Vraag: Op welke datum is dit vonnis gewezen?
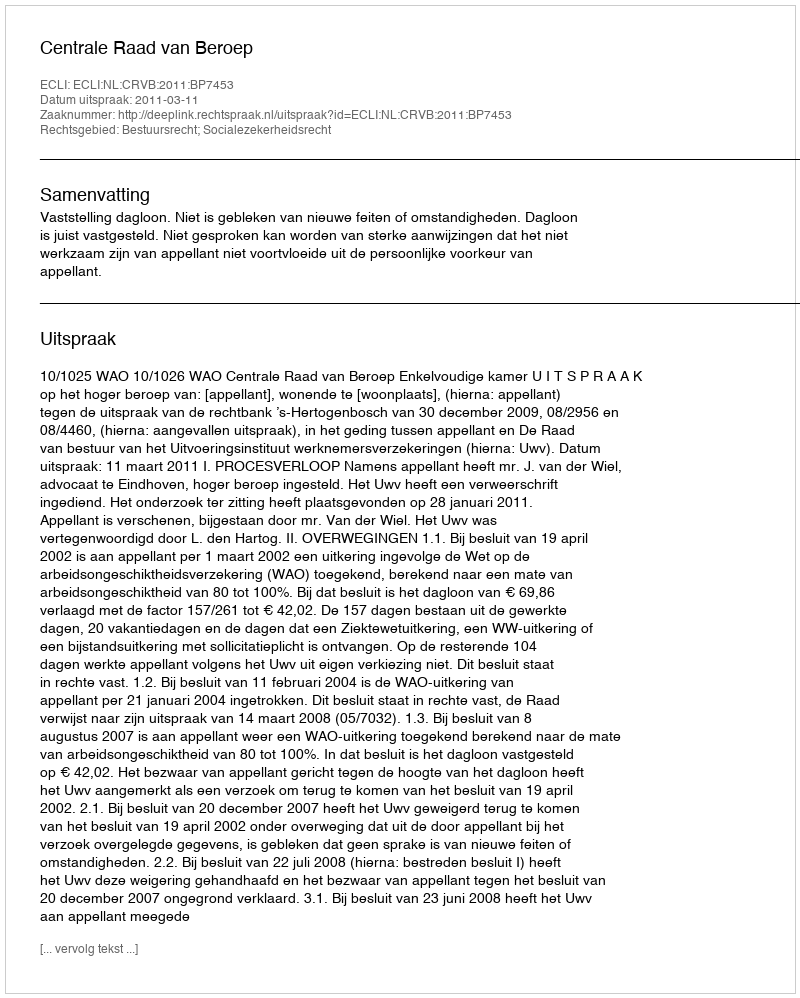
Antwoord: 2011-03-11